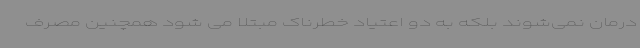
درمان نمی‌شوند بلکه به دو اعتیاد خطرناک مبتلا می شود همچنین مصرف